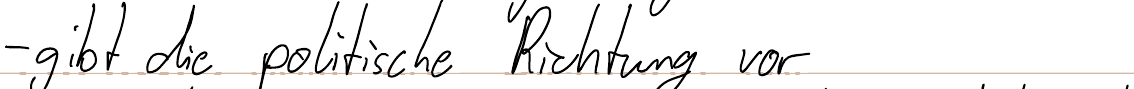
- gibt die politische Richtung vor